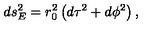
d s _ { E } ^ { 2 } = r _ { 0 } ^ { 2 } \left( d \tau ^ { 2 } + d \phi ^ { 2 } \right) ,